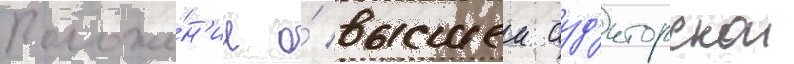
Положе́н'ие о́ высшеи ауд'иторскои